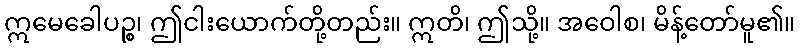
ဣမေခေါပဉ္စ၊ ဤငါးယောက်တို့တည်း။ ဣတိ၊ ဤသို့။ အဝေါစ၊ မိန့်တော်မူ၏။